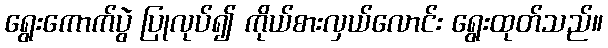
ရွေးကောက်ပွဲ ပြုလုပ်၍ ကိုယ်စားလှယ်လောင်း ရွေးထုတ်သည်။